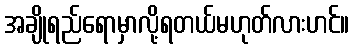
အချိုရည်ရောမှာလို့ရတယ်မဟုတ်လားဟင်။